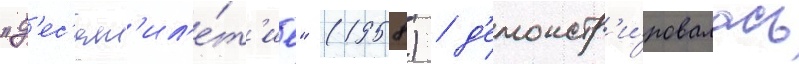
"д'ес'ят'ил'е́т'ие" (1958) / д'емонстр'и́ровалась